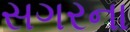
સગરના